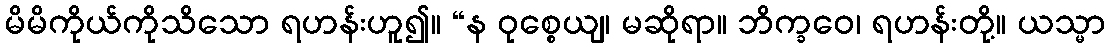
မိမိကိုယ်ကိုသိသော ရဟန်းဟူ၍။ “န ဝုစ္စေယျ၊ မဆိုရာ။ ဘိက္ခဝေ၊ ရဟန်းတို့။ ယသ္မာ